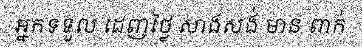
អ្នកទទួល ដេញថ្លៃ សាងសង់ មាន ពាក់